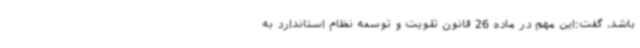
باشد، گفت:این مهم در ماده 26 قانون تقویت و توسعه نظام استاندارد به